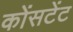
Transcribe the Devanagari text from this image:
कोंसटेंट